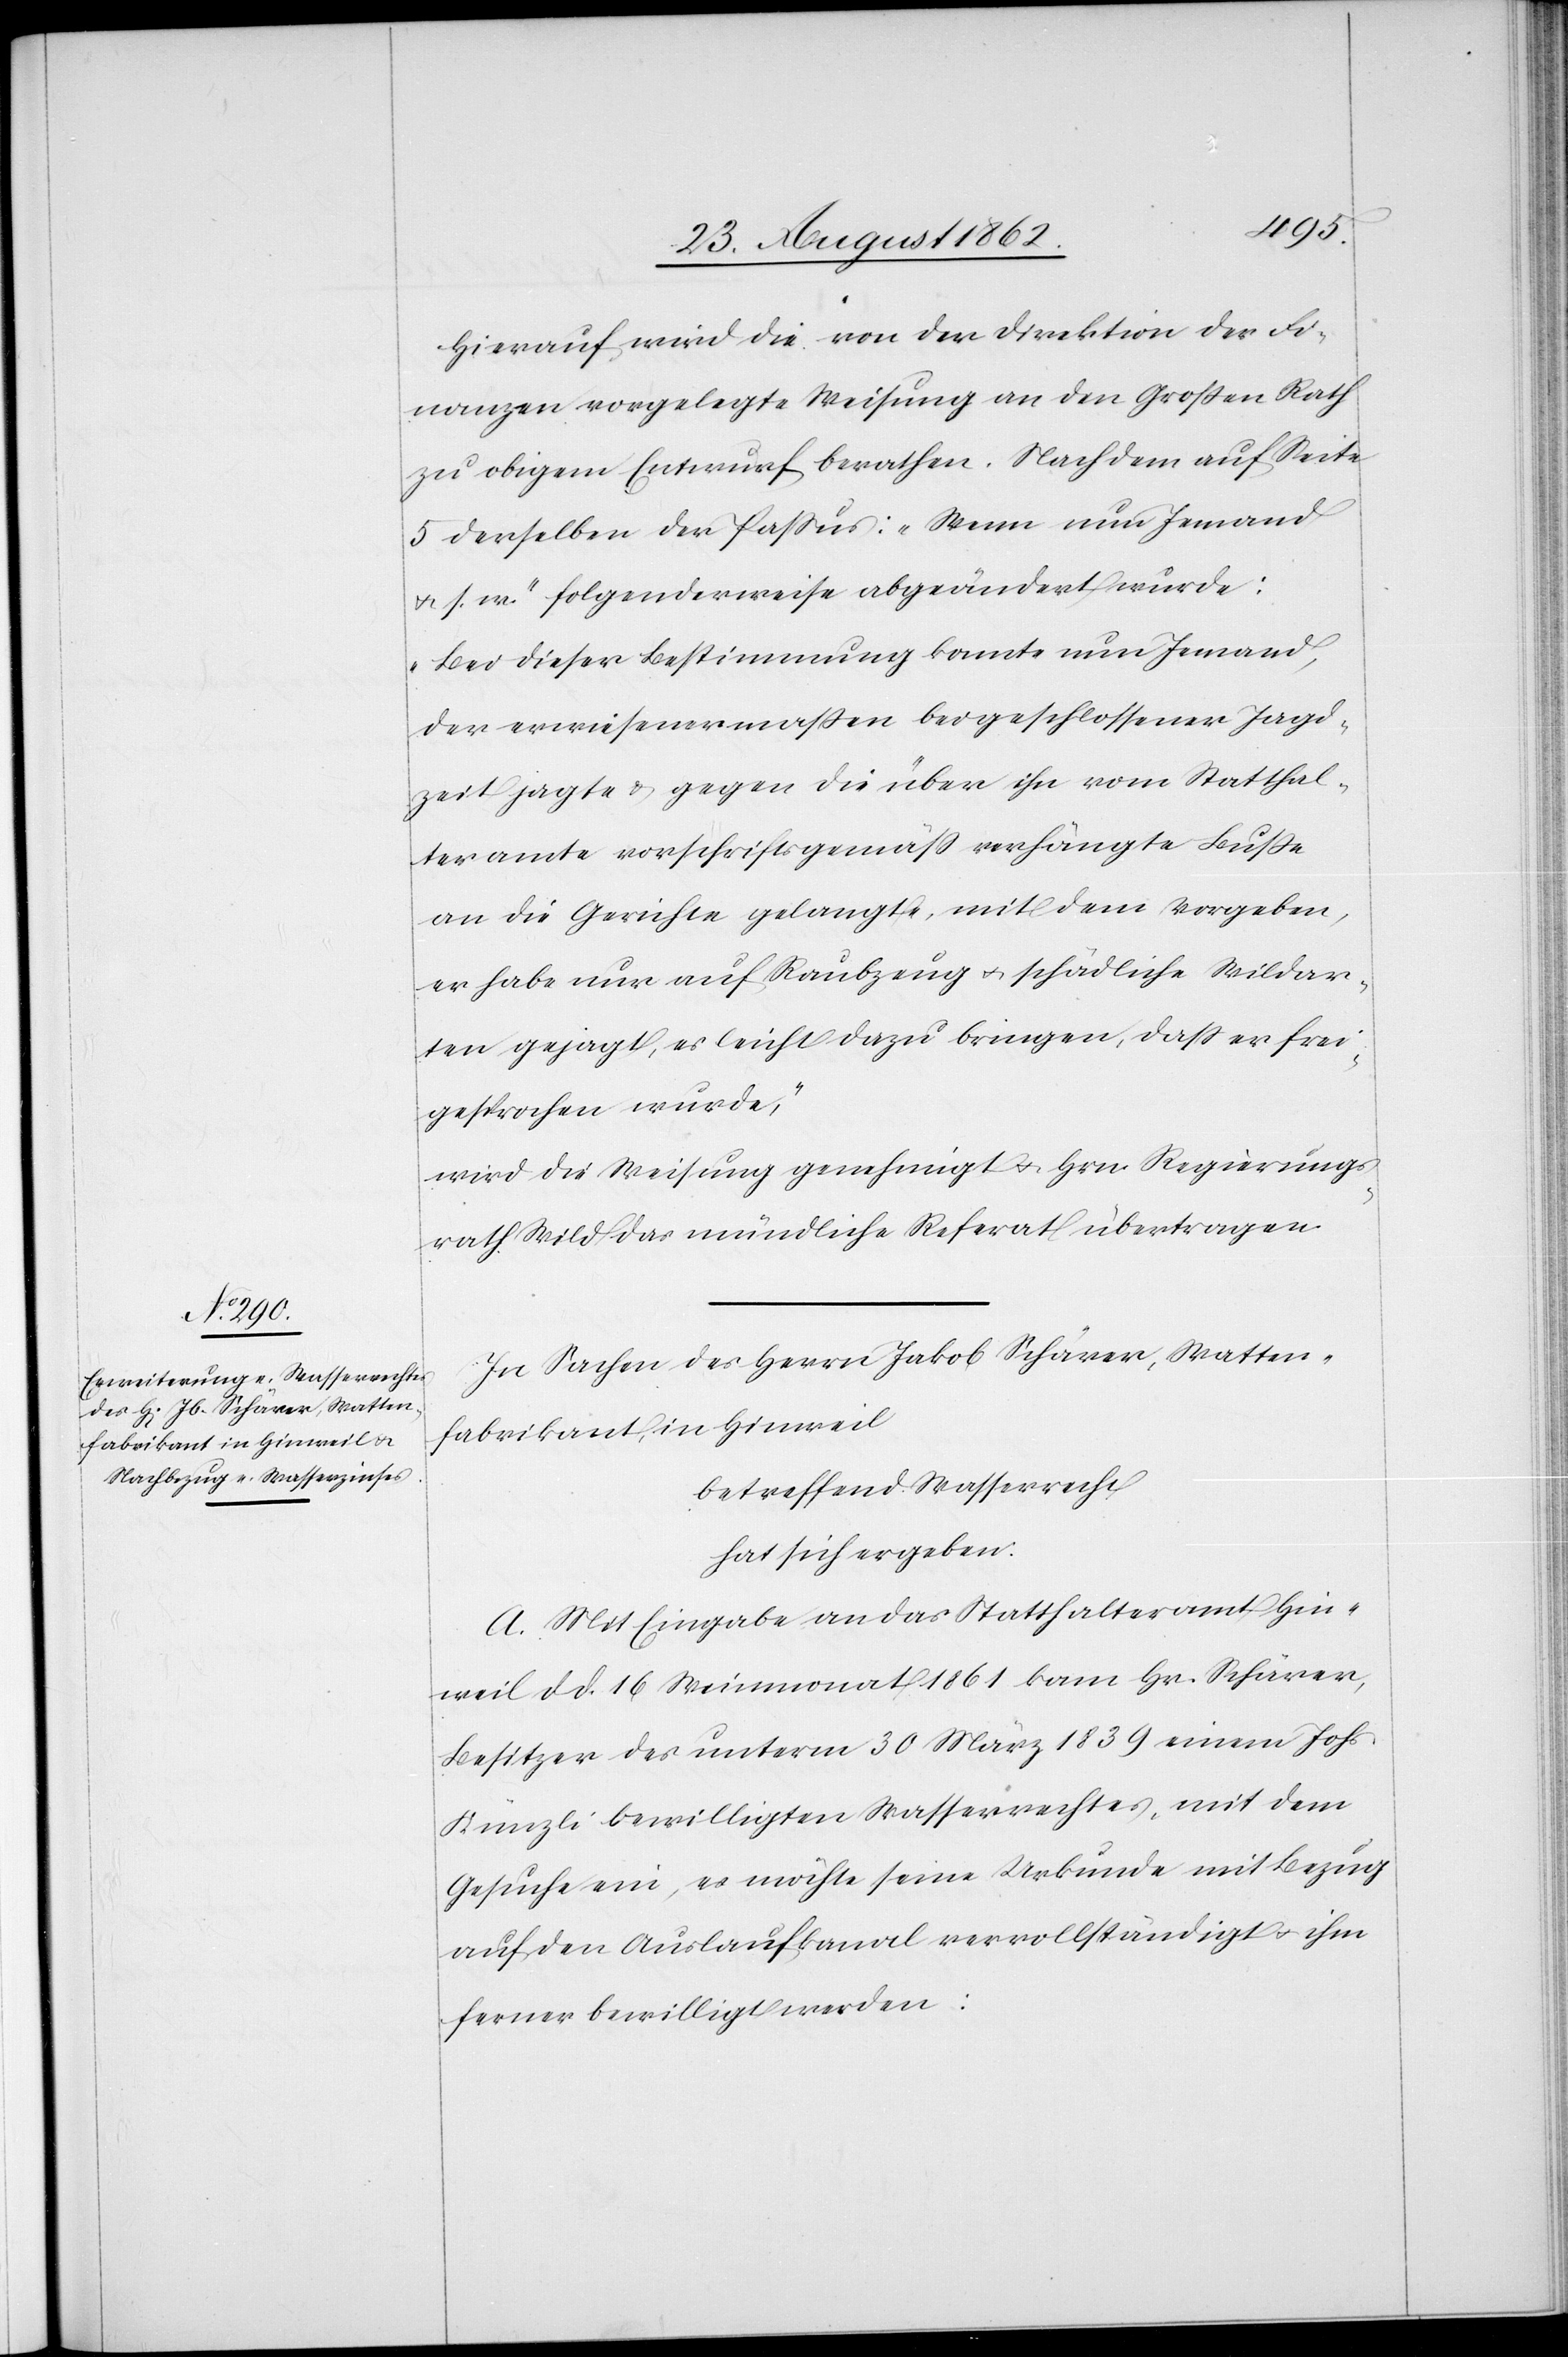
Hierauf wird die von der Direktion der Fi¬
nanzen vorgelegte Weisung an den Großen Rath
zu obigem Entwurf berathen. Nachdem auf Seite
5 derselben der Paßus: „Wenn nun Jemand
u. s. w.“ folgenderweise abgeändert wurde:
„Bei dieser Bestimmung konnte nun Jemand,
der erwiesenermaßen bei geschlossener Jagd¬
zeit jagte u. gegen die über ihn vom Statthal¬
teramte vorschriftsgemäß verhängte Buße
an die Gerichte gelangte, mit dem Vorgeben,
er habe nur auf Raubzeug u. schädliche Wildar¬
ten gejagt, es leicht dazu bringen, daß er frei¬
gesprochen wurde,“
wird die Weisung genehmigt u. Hrn. Regierungs¬
rath Wild das mündliche Referat übertragen.
In Sachen des Herrn Jakob Schärer, Watten¬
fabrikant, in Hinweil
betreffend Wasserrecht
hat sich ergeben:
A. Mit Eingabe an das Statthalteramt Hin¬
weil d. d. 16. Weinmonat 1861 kam Hr. Schärer,
Besitzer des unterm 30. März 1839 einem Johs.
Künzi bewilligten Wasserrechtes, mit dem
Gesuche ein, es möchte seine Urkunde mit Bezug
auf den Auslaufkanal vervollständigt u. ihm
ferner bewilligt werden: